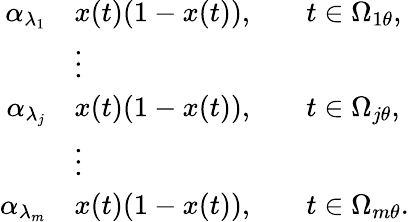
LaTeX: \begin{array}{rlrl}{\alpha_{\lambda_{1}}}&{x(t)(1-x(t)),}&&{t\in\Omega_{1\theta},}\\ &{\vdots}&\\ {\alpha_{\lambda_{j}}}&{x(t)(1-x(t)),}&&{t\in\Omega_{j\theta},}\\ &{\vdots}&\\ {\alpha_{\lambda_{m}}}&{x(t)(1-x(t)),}&&{t\in\Omega_{m\theta}.}\end{array}